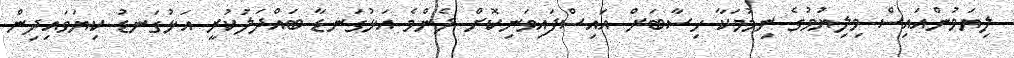
ލިޔަމުންއައިސް މިލިޔުމުގެ ނިމުމަކާ ހިސާބަށް އައިސްފައިވަނިކޮށް ދެންމެ އަޅުގަނޑާ ބައްދަލުކުރީ އަޅުގަނޑު ކިޔަވައިދިން